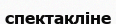
спектакліне